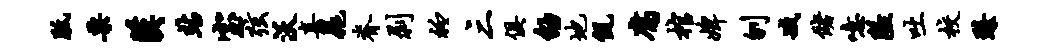
胝栗汉站室弦沃喜晁脊剥衽三俱劭地侃腐棺婢刎臧储噫隘吐校臻